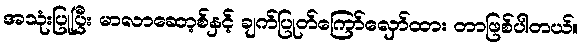
အသုံးပြုပြီး မာလာဆော့စ်နှင့် ချက်ပြုတ်ကြော်လှော်ထား တာဖြစ်ပါတယ်။